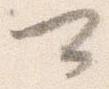
可